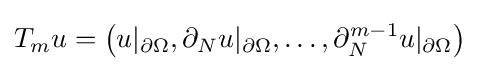
T_{m}u=\left(u|_{\partial \Omega },\partial _{N}u|_{\partial \Omega },\ldots ,\partial _{N}^{m-1}u|_{\partial \Omega }\right)